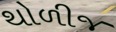
થોળીજ